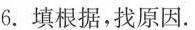
6.填根据，找原因.